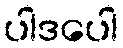
ပါဒပေါ